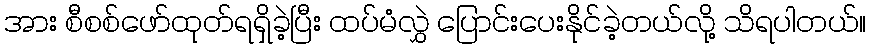
အား စီစစ်ဖော်ထုတ်ရရှိခဲ့ပြီး ထပ်မံလွှဲ ပြောင်းပေးနိုင်ခဲ့တယ်လို့ သိရပါတယ်။